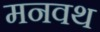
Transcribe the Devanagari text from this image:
मनवथ